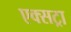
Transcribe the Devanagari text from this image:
एक्‍सट्रा